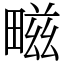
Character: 㽧